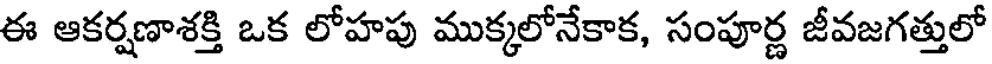
ఈ ఆకర్షణాశక్తి ఒక లోహపు ముక్కలోనేకాక, సంపూర్ణ జీవజగత్తులో